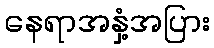
နေရာအနှံ့အပြား